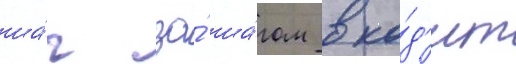
ша́г за́ ша́гом вхо́д'ит